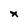
Character: x